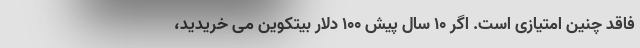
فاقد چنین امتیازی است. اگر ۱۰ سال پیش ۱۰۰ دلار بیتکوین می خریدید،